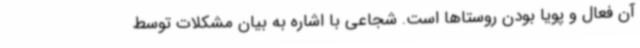
آن فعال و پویا بودن روستاها است. شجاعی با اشاره به بیان مشکلات توسط